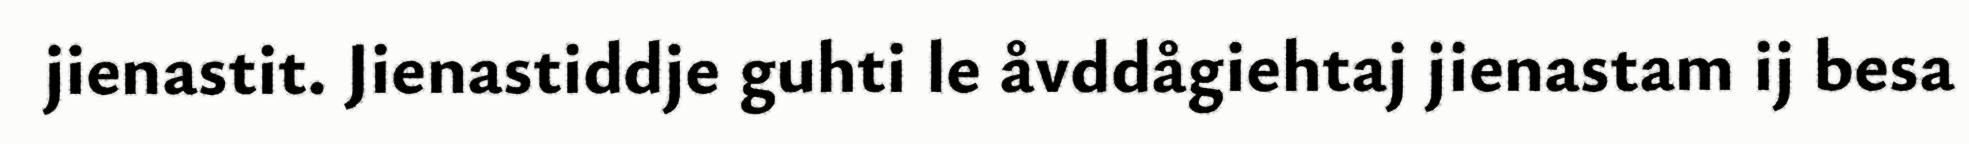
jienastit. Jienastiddje guhti le åvddågiehtaj jienastam ij besa